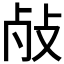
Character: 𱥌